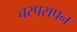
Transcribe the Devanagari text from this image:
चरपरापन